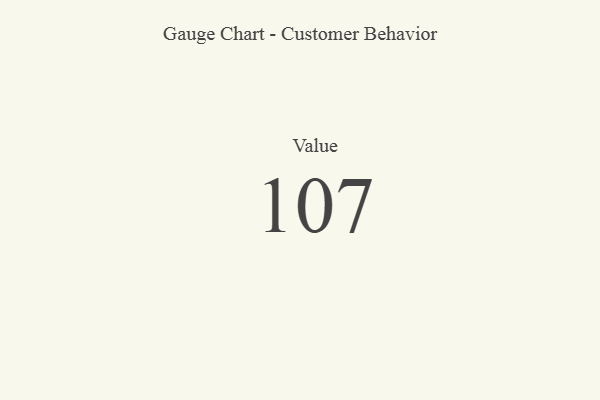
{"axis": {"x": "Metric", "y": "Value"}, "legend": [""], "data": [{"x": "Value", "y": 107, "type": ""}]}